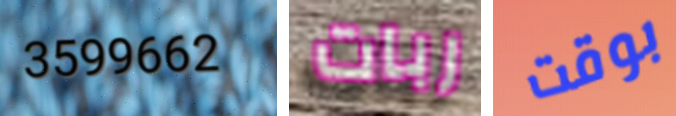
3599662 ربات بوقت